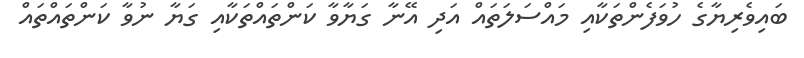
ބައިވެރިޔާގެ ހުވަފެންތަކާއި މައްސަލަތައް އަދި އޭނާ ގަޔާވާ ކަންތައްތަކާއި ގަޔާ ނުވާ ކަންތައްތައް